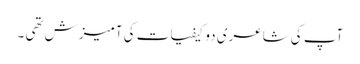
آپ کی شاعری دو کیفیات کی آمیزش تھی ۔